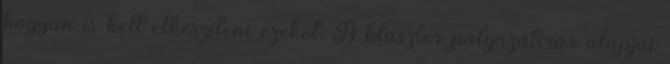
hogyan is kell elkészíteni ezeket. A klaszter pályázatírás alapjai